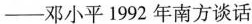
—邓小平1992年南方谈话